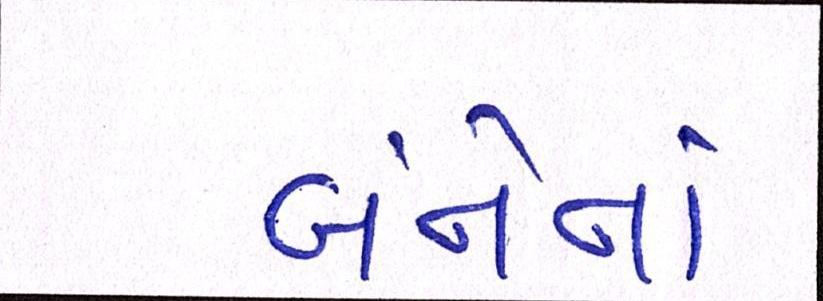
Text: બંનેનાં